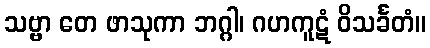
သဗ္ဗာ တေ ဖာသုကာ ဘဂ္ဂါ၊ ဂဟကူဋံ ဝိသင်္ခတံ။